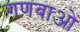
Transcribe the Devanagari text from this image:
गणबाओं